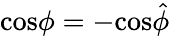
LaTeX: \mathrm{cos}\phi=-\mathrm{cos}\hat{\phi}